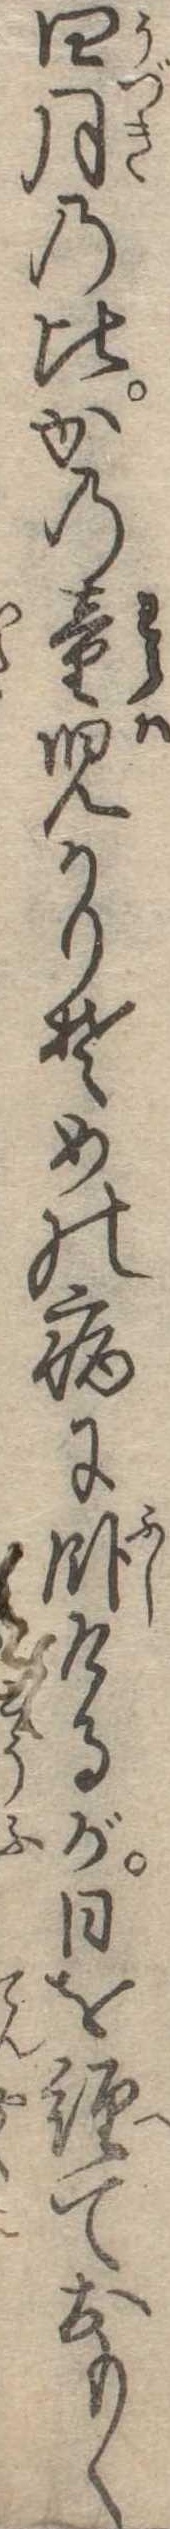
四月の此かの童児かりそめの病に臥けるが日を経ておもく